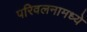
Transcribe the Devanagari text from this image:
परिवलनामध्ये